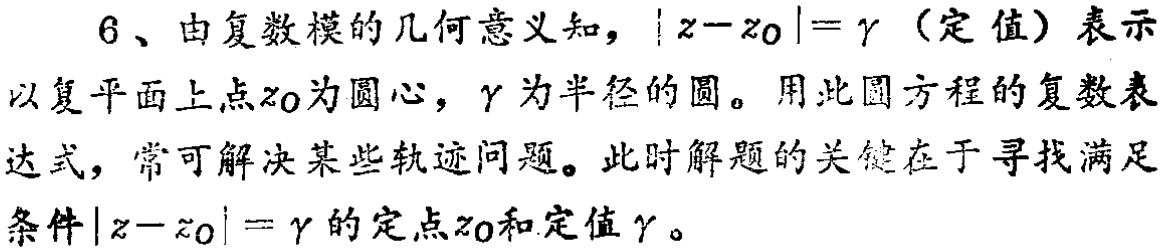
6、由复数模的几何意义知，\(\vert z - z_0\vert = r\)（定值）表示以复平面上点\(z_0\)为圆心，\(r\)为半径的圆。用此圆方程的复数表达式，常可解决某些轨迹问题。此时解题的关键在于寻找满足条件\(\vert z - z_0\vert = r\)的定点\(z_0\)和定值\(r\)。